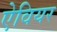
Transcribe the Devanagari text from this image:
ऐवियर